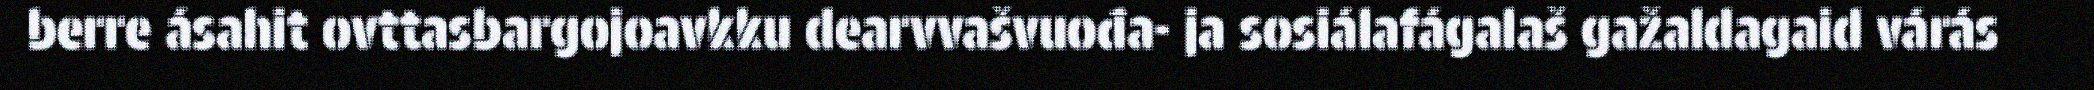
berre ásahit ovttasbargojoavkku dearvvašvuođa- ja sosiálafágalaš gažaldagaid várás